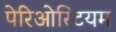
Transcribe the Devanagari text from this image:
पेरिओस्टियम